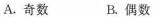
A.奇数 B.偶数